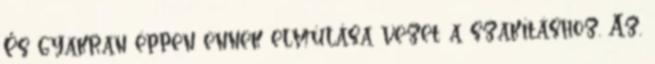
És gyakran éppen ennek elmúlása vezet a szakításhoz. Az,